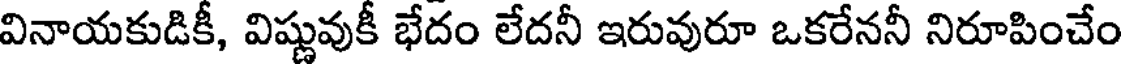
వినాయకుడికీ, విష్ణువుకీ భేదం లేదనీ ఇరువురూ ఒకరేననీ నిరూపించేం